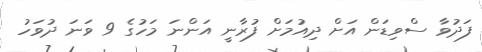
ފަދުވާ ސްވިޑަން އަށް ދިއުމަށް ފުރާނީ އަންނަ މަހުގެ 9 ވަނަ ދުވަހު